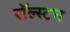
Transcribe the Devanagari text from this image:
रॉल्स्टन